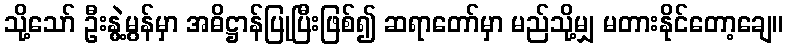
သို့သော် ဦးနွဲ့မွန်မှာ အဓိဋ္ဌာန်ပြုပြီးဖြစ်၍ ဆရာတော်မှာ မည်သို့မျှ မတားနိုင်တော့ချေ။